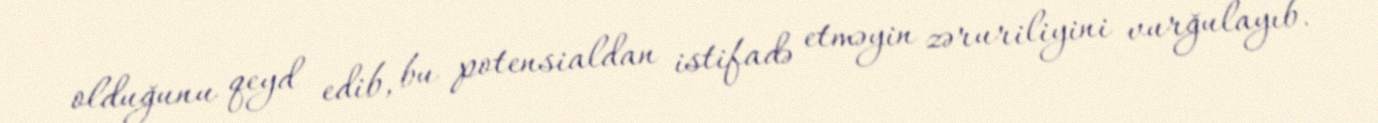
olduğunu qeyd edib, bu potensialdan istifadə etməyin zəruriliyini vurğulayıb.